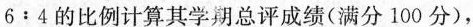
6:4的比例计算其学期总评成绩(满分100分)，